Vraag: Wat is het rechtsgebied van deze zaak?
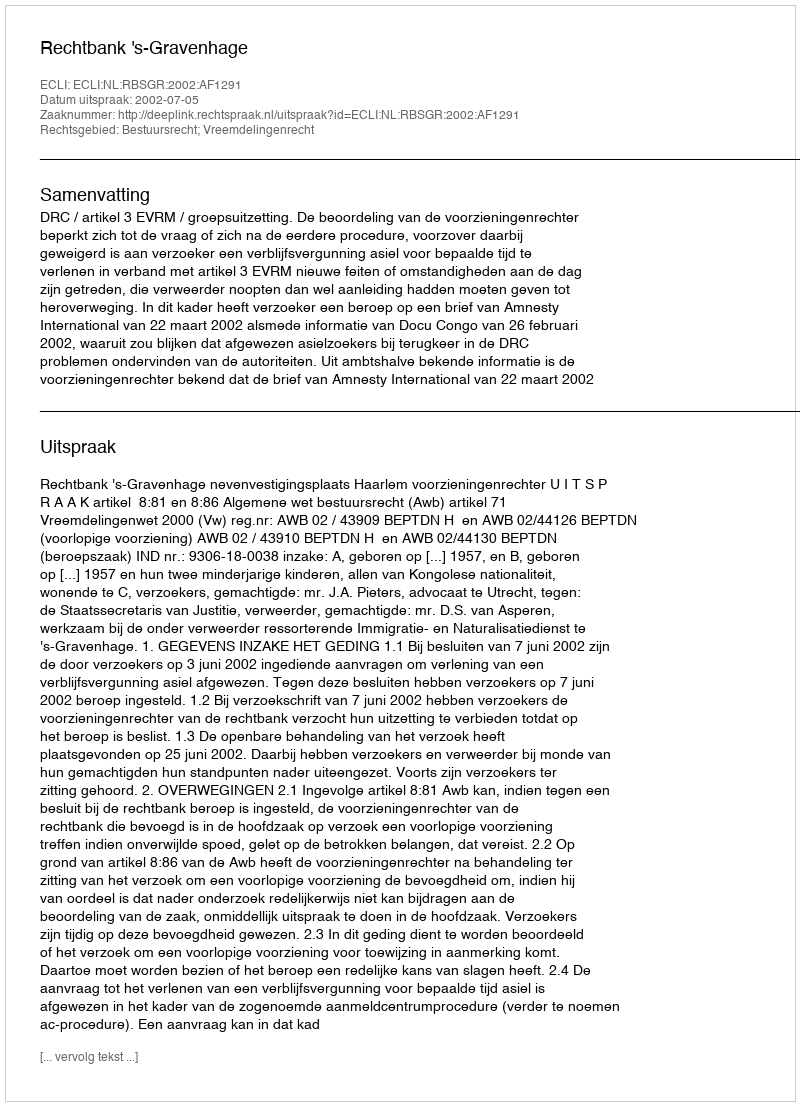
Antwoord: Bestuursrecht; Vreemdelingenrecht